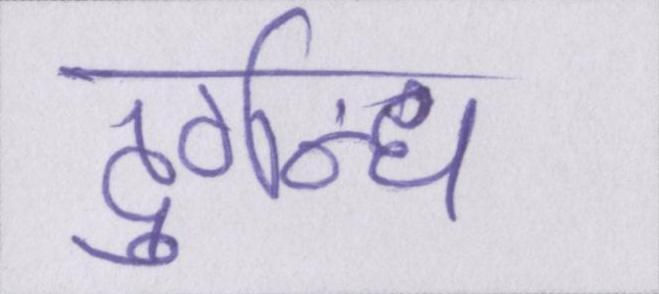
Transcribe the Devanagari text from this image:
दुर्गन्ध